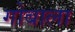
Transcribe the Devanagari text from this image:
गोबाला